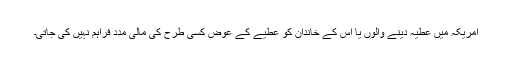
امریکہ میں عطیہ دینے والوں یا اُس کے خاندان کو عطیے کے عوض کسی طرح کی مالی مدد فراہم نہیں کی جاتی۔